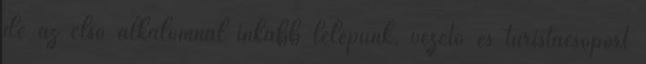
de az első alkalomnál inkább lelépünk, vezető és turistacsoport